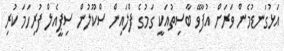
އަޅުގަނޑުމެން ވަރަށް އުފާވޭ ބާސިތުއަކީ ގަމުގެ ފްލައިން ސްކޫލުން ސިޕީއެލް ފުރިހަމަ ކުރި